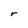
Character: r